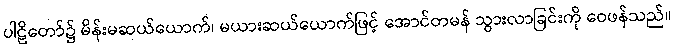
ပါဠိတော်၌ မိန်းမဆယ်ယောက်၊ မယားဆယ်ယောက်ဖြင့် အောင်တမန် သွားလာခြင်းကို ဝေဖန်သည်။